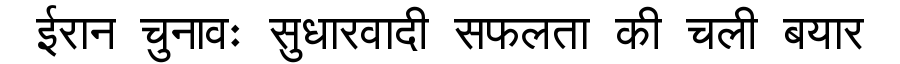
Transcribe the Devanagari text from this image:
ईरान चुनावः सुधारवादी सफलता की चली बयार